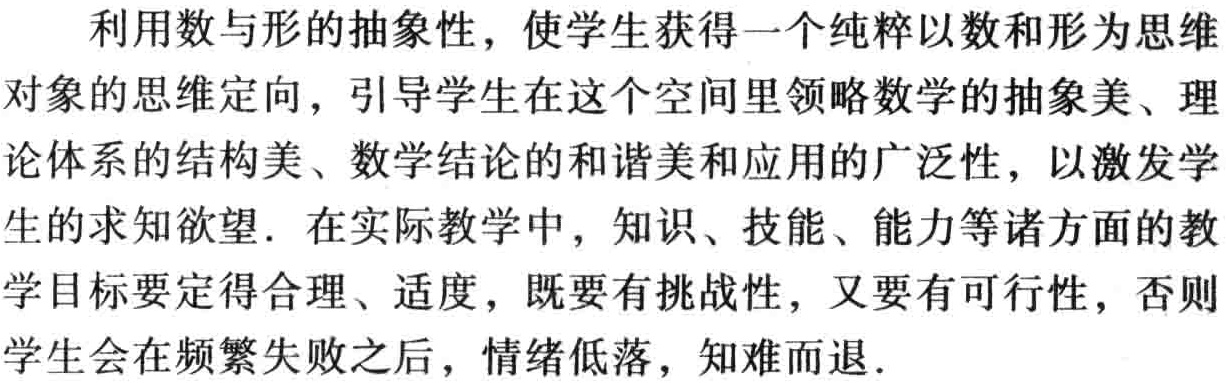
利用数与形的抽象性，使学生获得一个纯粹以数和形为思维
对象的思维定向，引导学生在这个空间里领略数学的抽象美、理
论体系的结构美、数学结论的和谐美和应用的广泛性，以激发学
生的求知欲望. 在实际教学中，知识、技能、能力等诸方面的教
学目标要定得合理、适度，既要有挑战性，又要有可行性，否则
学生会在频繁失败之后，情绪低落，知难而退.